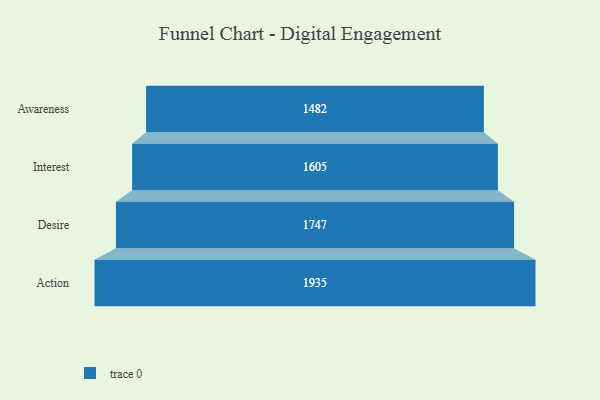
{"axis": {"x": "Stage", "y": "Value"}, "legend": [""], "data": [{"x": "Awareness", "y": 1482.0, "type": ""}, {"x": "Interest", "y": 1605.0, "type": ""}, {"x": "Desire", "y": 1747.0, "type": ""}, {"x": "Action", "y": 1935.0, "type": ""}]}